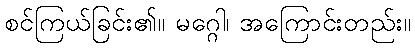
စင်ကြယ်ခြင်း၏။ မဂ္ဂေါ၊ အကြောင်းတည်း။